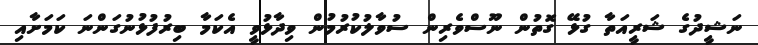
ނަޝީދުގެ ޝަރީއަތާ ގުޅޭ ގޮތުން ނޫސްވެރިން ސުވާލުކުރުމުން ވިދާޅުވީ އެކަމާ ބިރުފުޅުނުގަންނަ ކަމަށާއި